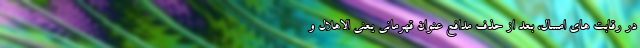
در رقابت های امسال، بعد از حذف مدافع عنوان قهرمانی یعنی الاهلال و